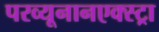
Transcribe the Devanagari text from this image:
परव्यूनानएक्स्ट्रा